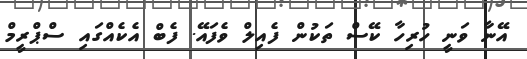
އޭނާ ވަނީ ހުރިހާ ކޭސް ތަކުން ފެއިލް ވެފައޭ. ފެބް އެކެއްގައި ސްޕްރީމް